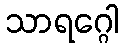
သာရဂ္ဂေါ